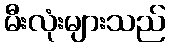
မီးလုံးများသည်